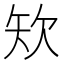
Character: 𥎯